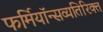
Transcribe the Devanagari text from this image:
फर्मियॉन्सव्यतिरिक्त